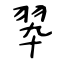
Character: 翆